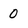
Character: 0